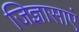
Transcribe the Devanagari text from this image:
जिज्ञासाएं